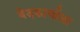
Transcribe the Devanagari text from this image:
वेदकार्याला